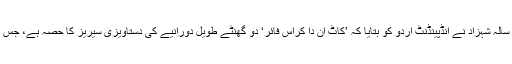
14 سال سے دستاویزی فلمیں بنانے اور بطور براڈکاسٹ جرنلسٹ کام کرنے والے 34 سالہ شہزاد نے انڈپینڈنٹ اردو کو بتایا کہ ’کاٹ اِن دا کراس فائر‘ دو گھنٹے طویل دورانیے کی دستاویزی سیریز کا حصہ ہے، جس کی عکس بندی کے لیے انہوں نے جنگ کے دوران فرنٹ لائن پر افغانستان کا سفر کیا۔